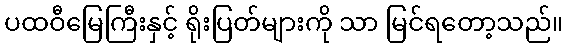
ပထဝီမြေကြီးနှင့် ရိုးပြတ်များကို သာ မြင်ရတော့သည်။